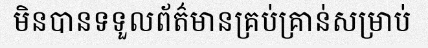
មិនបានទទួលព័ត៌មានគ្រប់គ្រាន់សម្រាប់